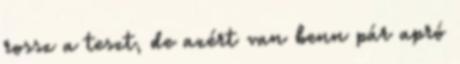
rossz a teszt, de azért van benn pár apró